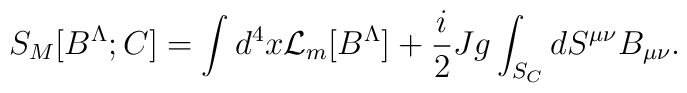
S_{M}[B^\Lambda;C] =  \int d^4x {\cal L}_m[B^\Lambda]+ {i \over 2} Jg \int_{S_C} dS^{\mu\nu} B_{\mu\nu} .